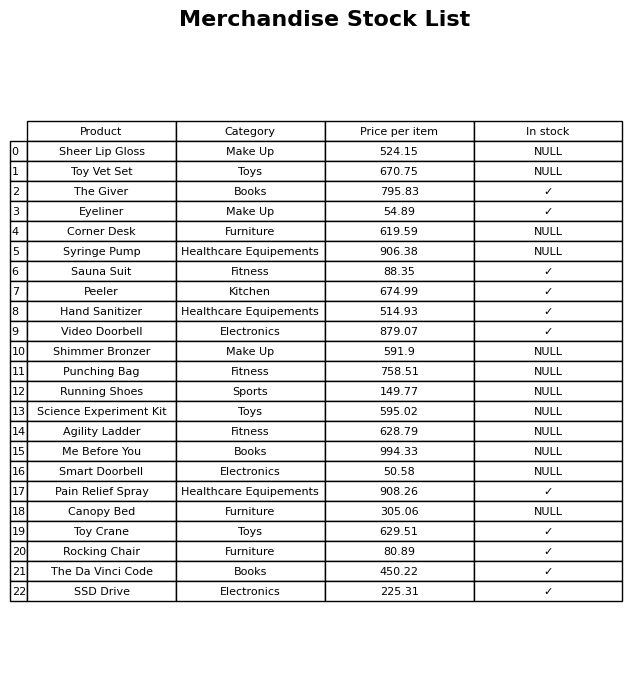
question: What is the price of the Eyeliner?
answer: The price of Eyeliner is 54.89.